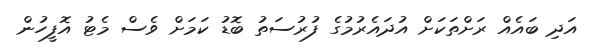
އަދި ބައެއް ރަށްތަކަށް އުދައެރުމުގެ ފުރުސަތު ބޮޑު ކަމަށް ވެސް މެޓު އޮފީހުން